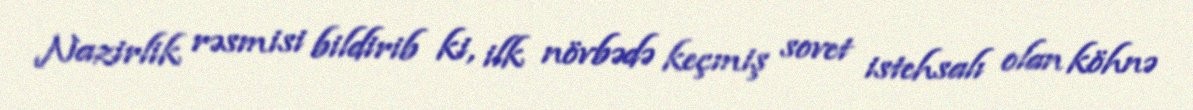
Nazirlik rəsmisi bildirib ki, ilk növbədə keçmiş sovet istehsalı olan köhnə